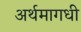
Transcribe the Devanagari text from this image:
अर्थमागधी